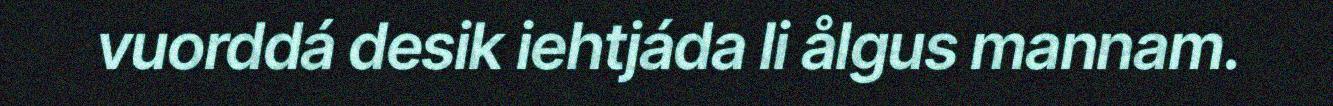
vuorddá desik iehtjáda li ålgus mannam.